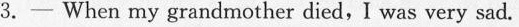
3.——When my grandmother died, I was very sad.